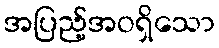
အပြည့်အဝရှိသော